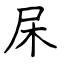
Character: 杘